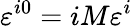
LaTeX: \varepsilon^{i0}=iM\varepsilon^{i}